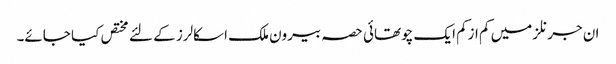
ان جرنلز میں کم ازکم ایک چوتھائی حصہ بیرون ملک اسکالرز کے لئے مختص کیا جائے۔